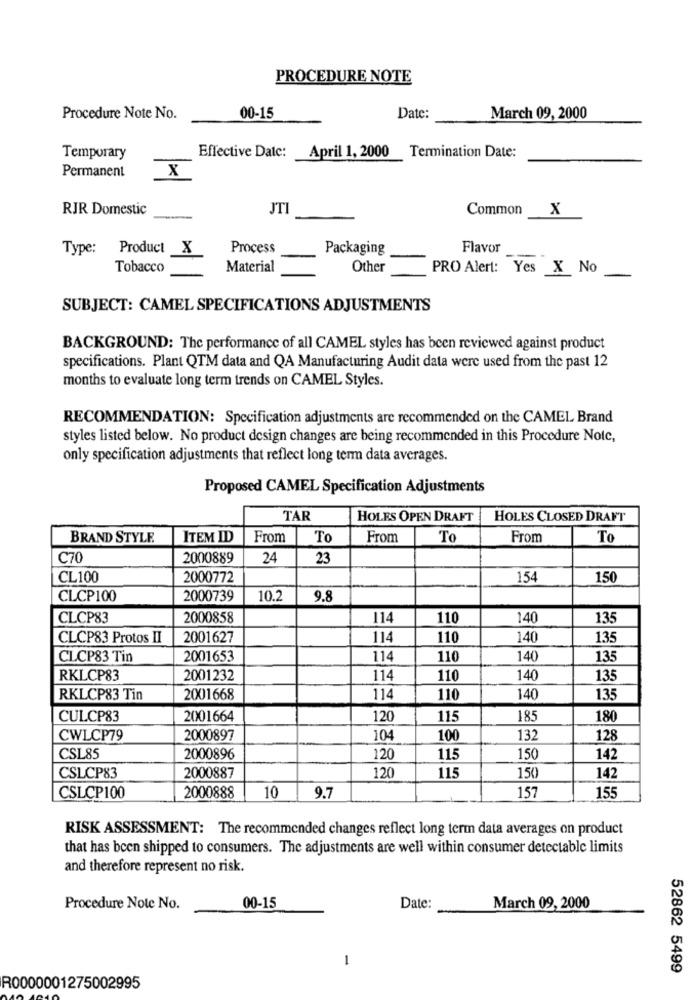
PROCEDURE NOTE
Procedure Note No.
00-15
Date:
March 09, 2000
Temporary
Effective Date:
April 1, 2000 Termination Date:
Permanent
X
RJR Domestic
JT
Common
X
Type:
Product _X
Process
Packaging
Flavor
Tobacco
Material
Other
PRO Alert: Yes X No
SUBJECT: CAMEL SPECIFICATIONS ADJUSTMENTS
BACKGROUND: The performance of all CAMEL styles has been reviewed against product
specifications. Plant QTM data and QA Manufacturing Audit data were used from the past 12
months to evaluate long term trends on CAMEL Styles.
RECOMMENDATION: Specification adjustments are recommended on the CAMEL Brand
styles listed below. No product design changes are being recommended in this Procedure Note,
only specification adjustments that reflect long term data averages.
Proposed CAMEL Specification Adjustments
TAR
HOLES OPEN DRAFT
HOLES CLOSED DRAFT
BRAND STYLE
ITEM ID
From
To
From
To
From
To
C70
2000889
24
23
CL100
2000772
154
150
CLCP100
2000739
10.2
9.8
CLCP83
2000858
114
110
140
135
CLCP83 Protos II
2001627
114
110
140
135
CLCP83 Tin
2001653
114
110
140
135
RKLCP83
2001232
114
110
140
135
RKLCP83 Tin
2001668
114
110
140
135
CULCP83
2001664
120
115
185
180
CWLCP79
2000897
104
100
132
128
CSL85
2000896
120
115
150
142
120
CSLCP83
2000887
115
150
142
10
CSLCP100
2000888
9.7
157
155
RISK ASSESSMENT: The recommended changes reflect long term data averages on product
that has been shipped to consumers. The adjustments are well within consumer detectable limits
and therefore represent no risk.
Procedure Note No.
00-15
Date:
March 09, 2000
-
52862 5499
R0000001275002995